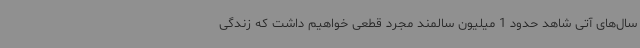
سال‌های آتی شاهد حدود 1 میلیون سالمند مجرد قطعی خواهیم داشت که زندگی